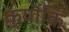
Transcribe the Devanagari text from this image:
क्यॊंकि